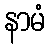
နာမံ